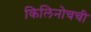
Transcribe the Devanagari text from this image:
किलिनोचची